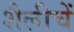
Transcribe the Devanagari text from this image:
शैलीचें